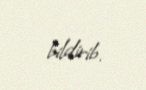
bildirib.